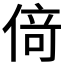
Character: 𠋣